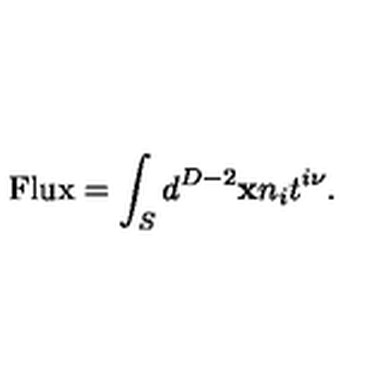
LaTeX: \mathrm { F l u x } = \int _ { S } d ^ { D - 2 } { \bf x } n _ { i } t ^ { i \nu } .